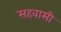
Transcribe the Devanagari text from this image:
सहवासी